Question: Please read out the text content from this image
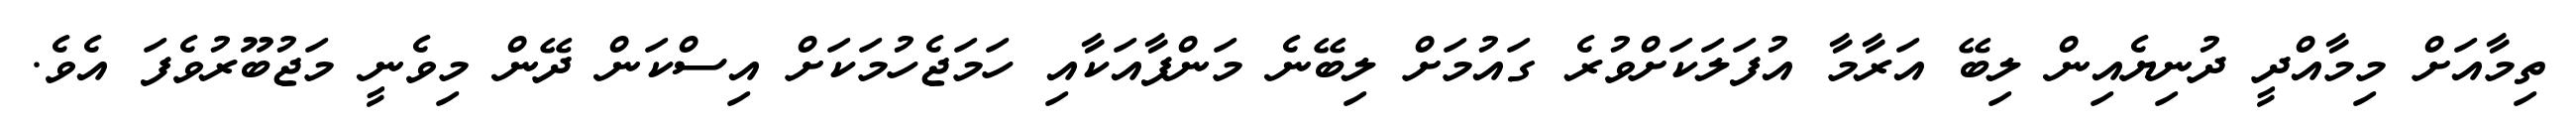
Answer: ތިމާއަށް މިމާއްދީ ދުނިޔެއިން ލިބޭ އަރާމާ އުފަލަކަށްވުރެ ގައުމަށް ލިބޭނެ މަންފާއަކާއި ހަމަޖެހުމަކަށް އިސްކަން ދޭން މިވެނީ މަޖުބޫރުވެފަ އެވެ.